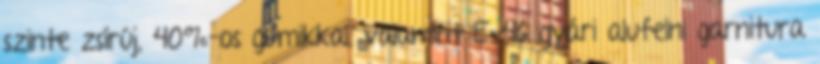
szinte zsírúj, 40%-os gumikkal, valamint E-46 gyári alufelni garnitura